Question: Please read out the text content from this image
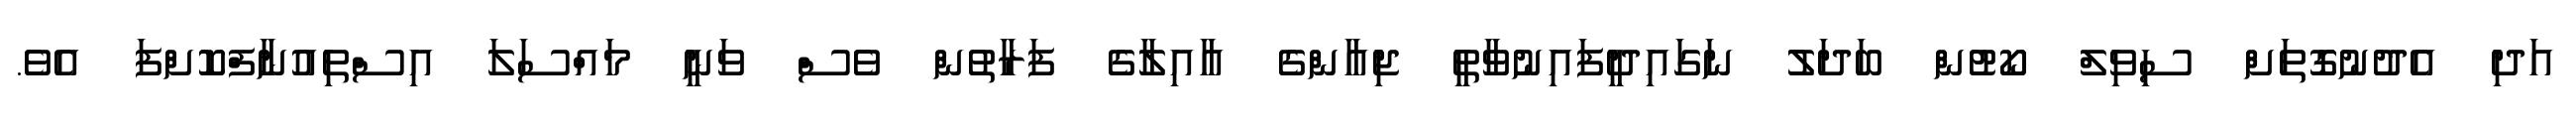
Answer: އަދި އެދުނުގޮތަށް ސިވިލް ކޯޓުން ބަދަލު ނަގައިދީފައިނުވާތީ ޖިއާންގެ އާއިލާގެ ފަރާތުން ވެސް ވަނީ މައްސަލަ އިސްތިއުނާފްކޮށްފަ އެވެ.